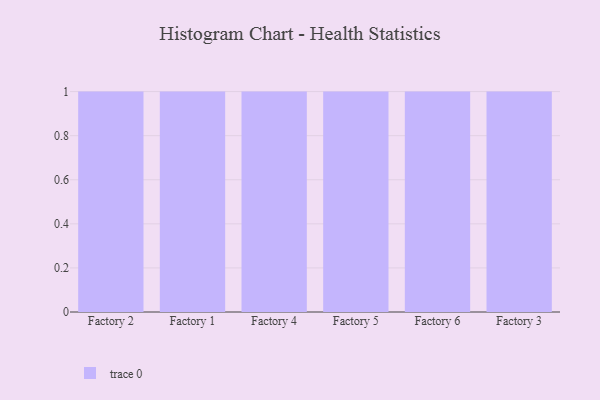
{"axis": {"x": "Factory", "y": "Market Share (%)"}, "legend": [""], "data": [{"x": "Factory 2", "y": 95, "type": ""}, {"x": "Factory 1", "y": 41, "type": ""}, {"x": "Factory 4", "y": 18, "type": ""}, {"x": "Factory 5", "y": 68, "type": ""}, {"x": "Factory 6", "y": 95, "type": ""}, {"x": "Factory 3", "y": 21, "type": ""}]}